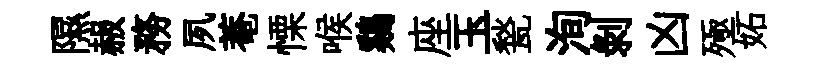
隰赧務夙菴慄喉鷄座玉甃洵剥凶殛妬